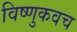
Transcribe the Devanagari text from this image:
विष्णुकवच